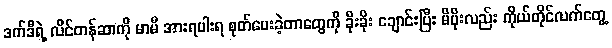
ဒက်ဒီရဲ့ လိင်တန်ဆာကို မာမီ အားရပါးရ စုတ်ပေးခဲ့တာတွေကို ခိုးခိုး ချောင်းပြီး မိပိုးလည်း ကိုယ်တိုင်လက်တွေ့